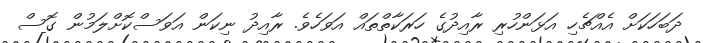
ދަބަހަކަށް އެއްޗެހި އަޅަންހުރި ރާއިދުގެ ހަރަކާތްތައް އަވަހެވެ. ރާއިދު ނިކަން އަވަސްކޮށްލަމުން ގޮސް